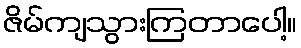
ဇိမ်ကျသွားကြတာပေါ့။